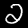
Label: 2